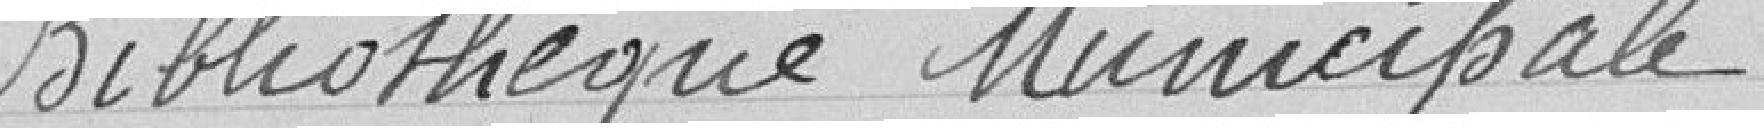
Bibliothèque Municipale